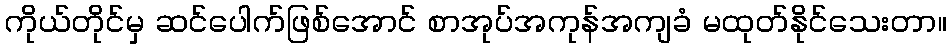
ကိုယ်တိုင်မှ ဆင်ပေါက်ဖြစ်အောင် စာအုပ်အကုန်အကျခံ မထုတ်နိုင်သေးတာ။